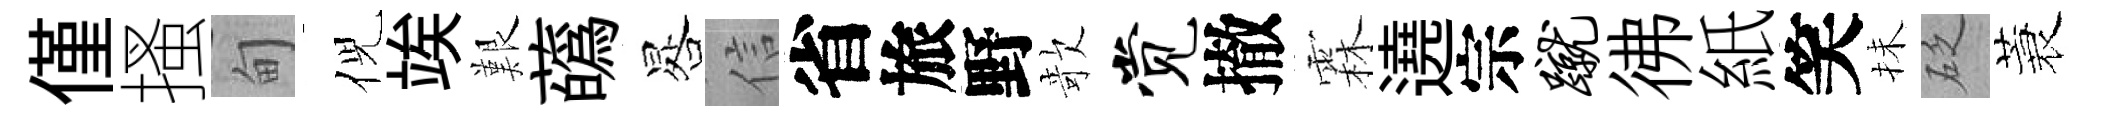
僅搔甸倪竢艱蘤晷信省旅野欹觉撤霖遶宗蹴彿紙笑抺砭蓑